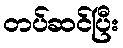
တပ်ဆင်ပြီး